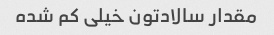
مقدار سالادتون خیلی کم شده